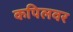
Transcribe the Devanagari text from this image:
कपिलवर